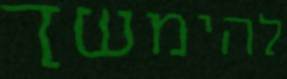
להימשך